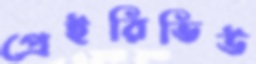
প্রেইরিভিউ